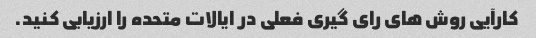
کارآیی روش های رای گیری فعلی در ایالات متحده را ارزیابی کنید.